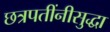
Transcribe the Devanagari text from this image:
छत्रपतींनीसुद्धा